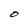
Character: O